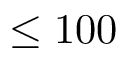
\leq 1 0 0